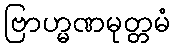
ဗြာဟ္မဏမုတ္တမံ